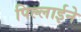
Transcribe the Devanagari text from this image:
पिल्लाईने